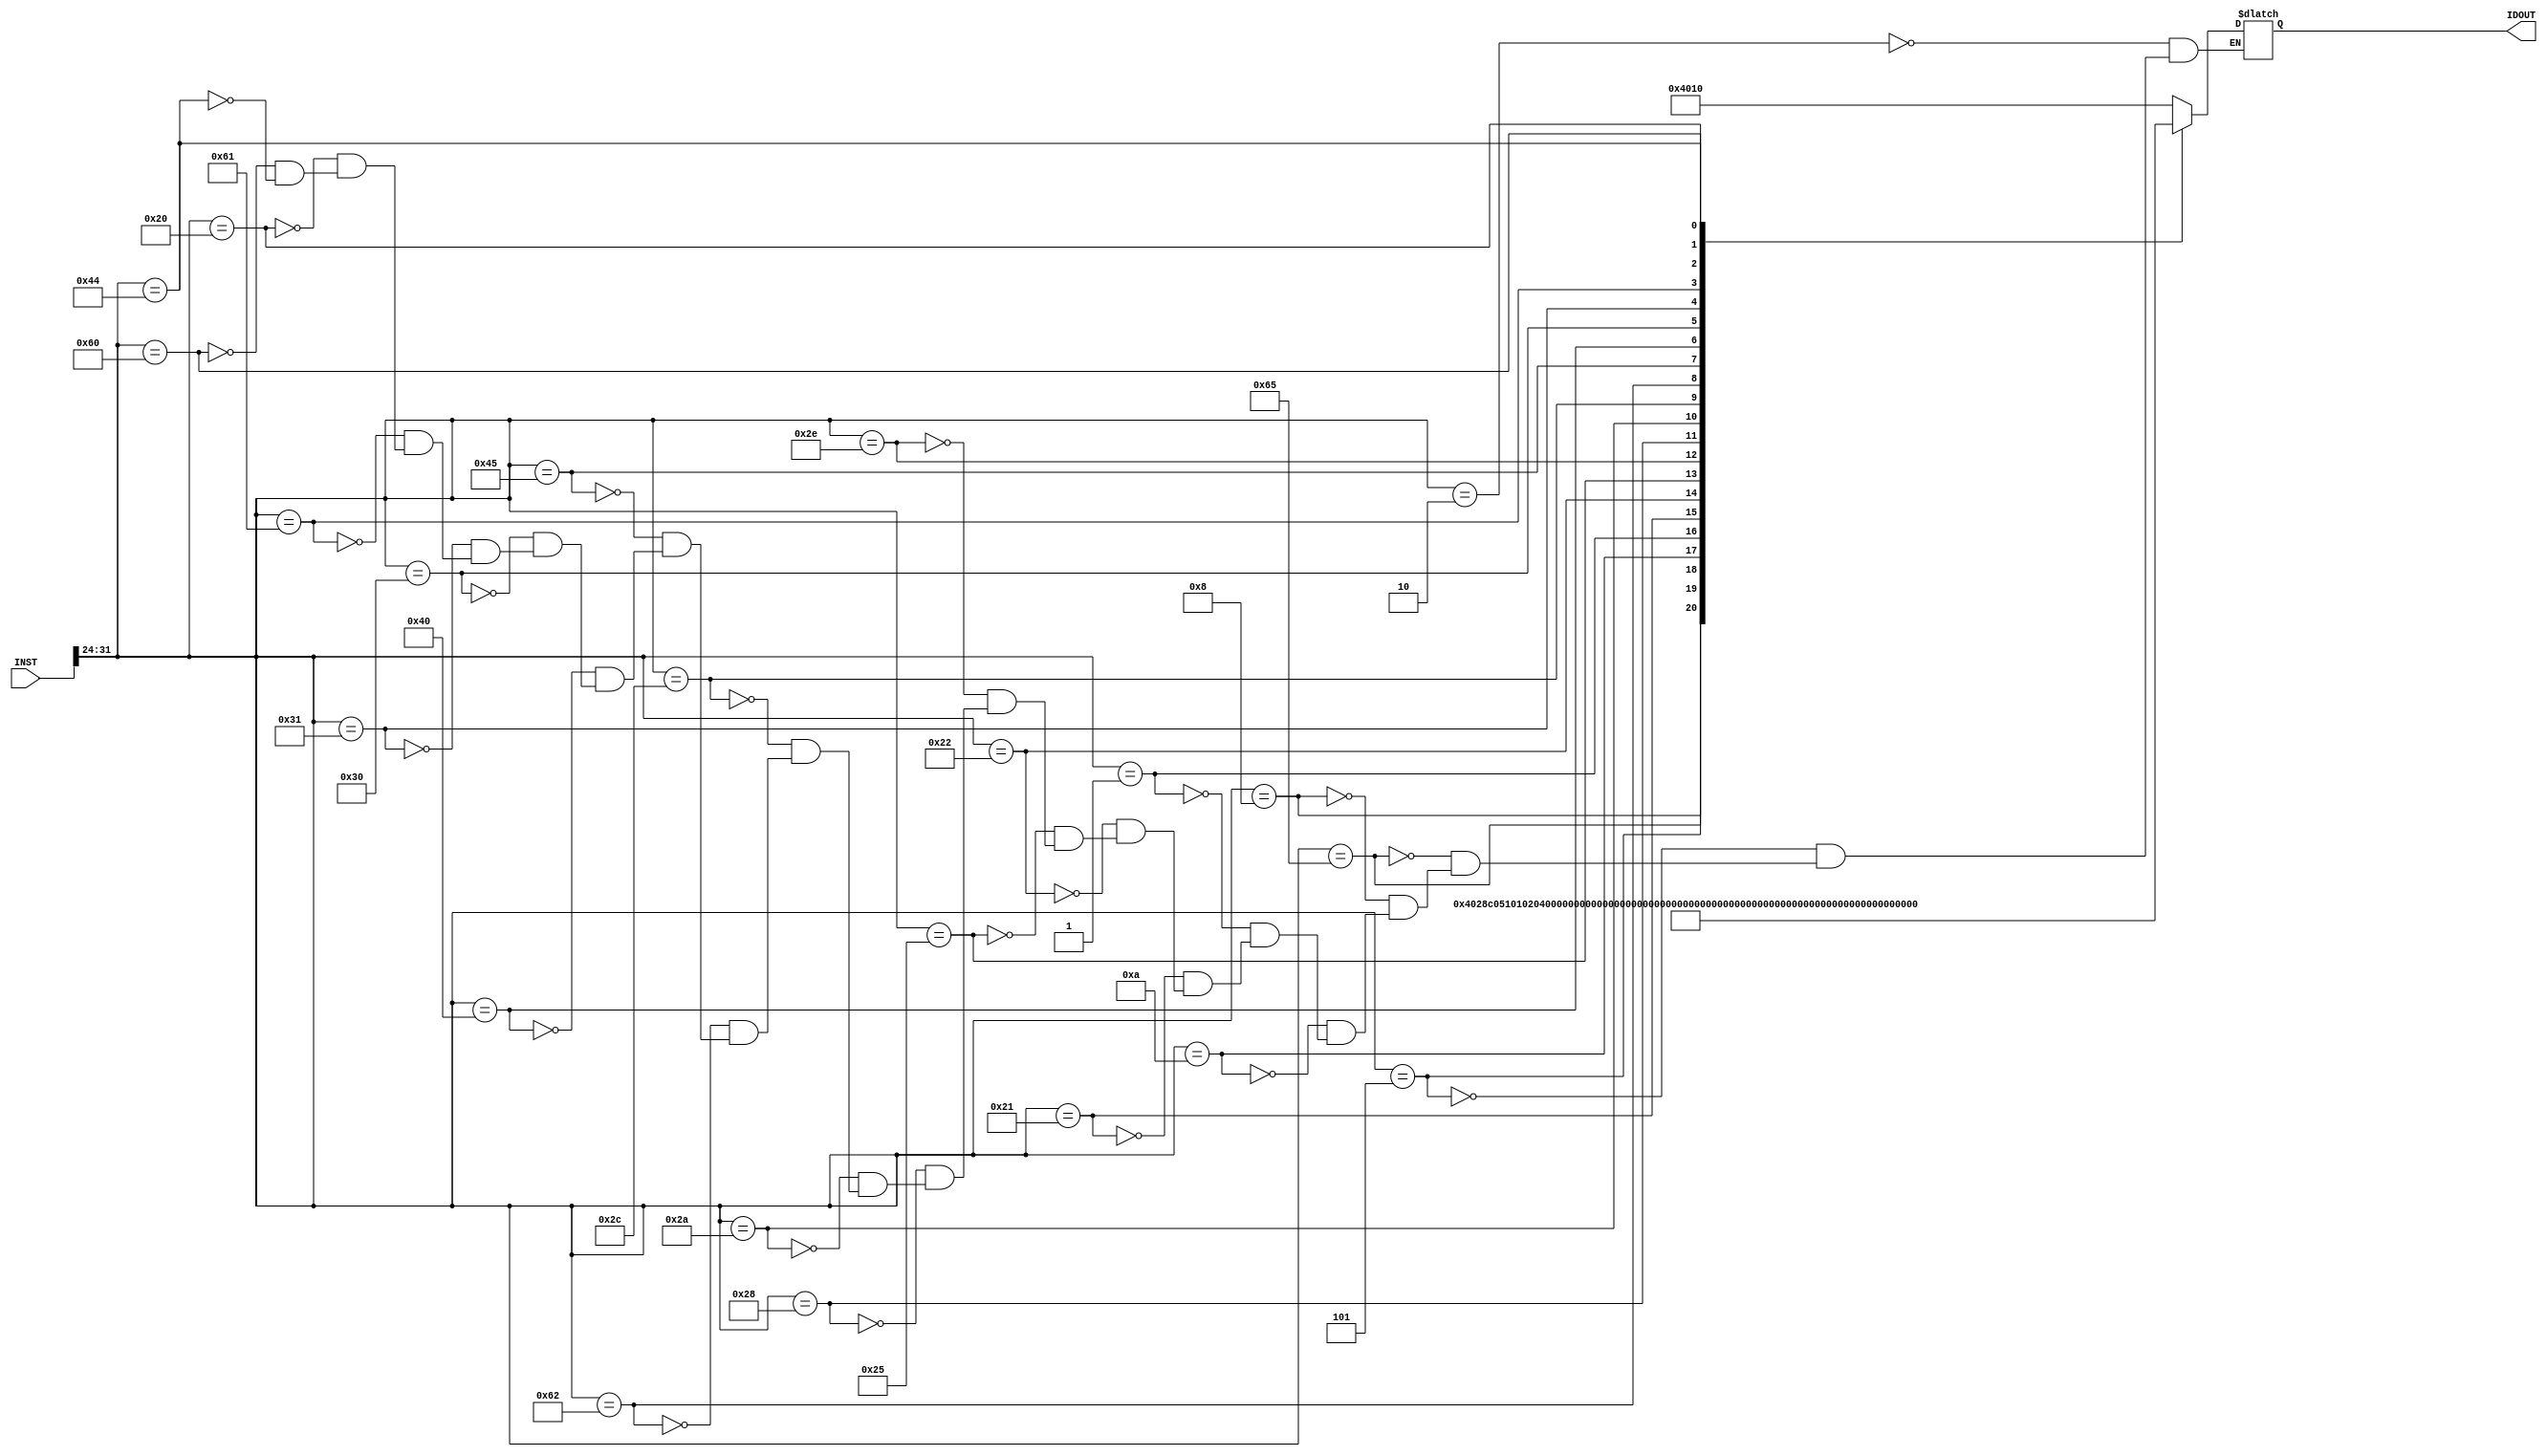



module InstructionDecoder(input [31:0]INST, output reg [14:0]IDOUT );
    // IDOUT[14:9] = FS = OPCODE[4:0]
    parameter ADD = 7'b0000010;
    parameter SUB = 7'b0000101;
    parameter SLT = 7'b1100101; // SET IF LESS THAN
    parameter AND = 7'b0001000;
    parameter OR  = 7'b0001010;
    parameter XOR = 7'b0001010;
    parameter ST  = 7'b0000001; // STORE
    parameter LD  = 7'b0100001; // LOAD
    parameter ADI = 7'b0100010; // ADD IMMEDIATE
    parameter SBI = 7'b0100101; // SUB IMMEDIATE
    parameter NOT = 7'b0101110;
    parameter ANI = 7'b0101000; // AND IMMEDIATE
    parameter ORI = 7'b0101010; // OR  IMMEDIATE
    parameter XRI = 7'b0101100; // XOR IMMEDIATE
    parameter AIU = 7'b1100010; // ADD IMMEDIATE UNSIGNED
    parameter SIU = 7'b1000101;
    parameter MOV = 7'b1000000; // MOVE
    parameter LSL = 7'b0110000; //LOGICAL LEFT SHIFT BY SH BITS
    parameter LSR = 7'b0110001;
    parameter JMR = 7'b1100001;
    parameter BZ  = 7'b0100000; // BRANCH ON ZERO
    parameter BNZ = 7'b1100000; // BRANCH ON NONZERO
    parameter JMP = 7'b1000100;
    parameter JML = 7'b0110001; // JUMP AND LINK
    
    always@* begin
        case(INST[31:24])
            ADD: IDOUT = 15'b100000000010000;
            SUB: IDOUT = 15'b100000000101000;
            SLT: IDOUT = 15'b110000000101000;
            AND: IDOUT = 15'b100000001000000;
            OR : IDOUT = 15'b100000001010000;
            XOR: IDOUT = 15'b100000001100000;
            ST : IDOUT = 15'b000000100000000;
            LD : IDOUT = 15'b101000000000000;
            ADI: IDOUT = 15'b100000000010101;
            SBI: IDOUT = 15'b100000000101101;
            NOT: IDOUT = 15'b100000001110000;
            ANI: IDOUT = 15'b100000001000100;
            ORI: IDOUT = 15'b100000001010100;
            XRI: IDOUT = 15'b100000001100100;
            AIU: IDOUT = 15'b100000000010100;
            SIU: IDOUT = 15'b100000000101100;
            MOV: IDOUT = 15'b100000000000000;
            LSL: IDOUT = 15'b100000010000000;
            LSR: IDOUT = 15'b100000010001000;
            JMR: IDOUT = 15'b000100000000000;
            BZ : IDOUT = 15'b000010000000101;
            BNZ: IDOUT = 15'b000011000000101;
            JMP: IDOUT = 15'b000110000000101;
            JML: IDOUT = 15'b100110000111111;            
        endcase
    end
endmodule